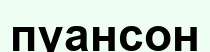
пуансон